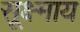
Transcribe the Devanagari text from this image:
सूक्ष्माय